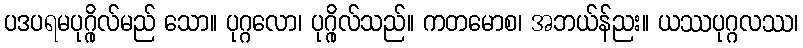
ပဒပရမပုဂ္ဂိုလ်မည် သော။ ပုဂ္ဂလော၊ ပုဂ္ဂိုလ်သည်။ ကတမောစ၊ အဘယ်န်ညး။ ယဿပုဂ္ဂလဿ၊